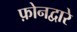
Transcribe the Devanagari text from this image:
फ़ोनद्वारे